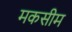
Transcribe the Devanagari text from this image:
मकसीम